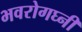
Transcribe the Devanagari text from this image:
भवरोगघ्नीं